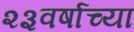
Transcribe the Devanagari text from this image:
२३वर्षाच्या